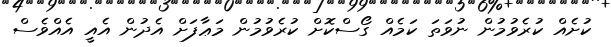
ކުށެއް ކުރެވުމުން ނުވަތަ ކަމެއް ގޯސްކޮށް ކުރެވުމުން މަޢާފަށް އެދުން އެއީ އެއްވެސް